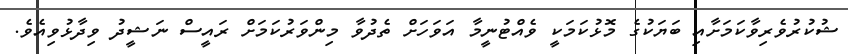
ޝުކުރުވެރިވާކަމަށާއި ބަޔަކުގެ މޮޅުކަމަކީ ވެއްޓުނީމާ އަވަހަށް ތެދުވާ މިންވަރުކަމަށް ރައީސް ނަޝީދު ވިދާޅުވިއެވެ.